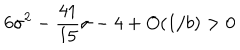
6 \sigma ^ { 2 } - { \frac { 4 1 } { 1 5 } } \sigma - 4 + O ( 1 / { { b } } ) > 0